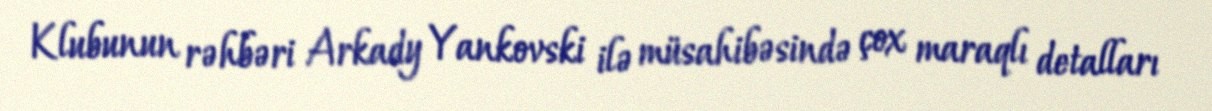
Klubunun rəhbəri Arkady Yankovski ilə müsahibəsində çox maraqlı detalları